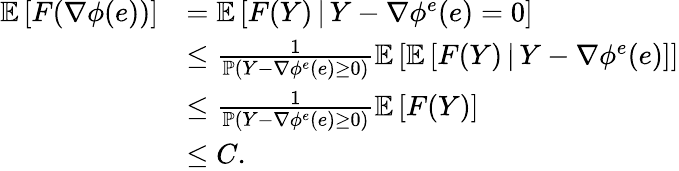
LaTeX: \begin{array}{rl}{\mathbb{E}\left[F(\nabla\phi(e))\right]}&{=\mathbb{E}\left[F(Y)\, |\, Y-\nabla\phi^{e}(e)=0\right]}\\ &{\leq\frac{1}{\mathbb{P}\left(Y-\nabla\phi^{e}(e)\geq 0\right)}\mathbb{E}\left[\mathbb{E}\left[F(Y)\, |\, Y-\nabla\phi^{e}(e)\right]\right]}\\ &{\leq\frac{1}{\mathbb{P}\left(Y-\nabla\phi^{e}(e)\geq 0\right)}\mathbb{E}\left[F(Y)\right]}\\ &{\leq C.}\end{array}